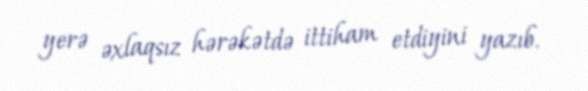
yerə əxlaqsız hərəkətdə ittiham etdiyini yazıb.